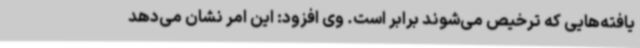
یافته‌هایی که ترخیص می‌شوند برابر است. وی افزود: این امر نشان می‌دهد